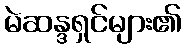
မဲဆန္ဒရှင်များ၏